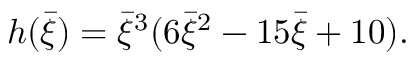
h ( \bar { \xi } ) = \bar { \xi } ^ { 3 } ( 6 \bar { \xi } ^ { 2 } - 1 5 \bar { \xi } + 1 0 ) .